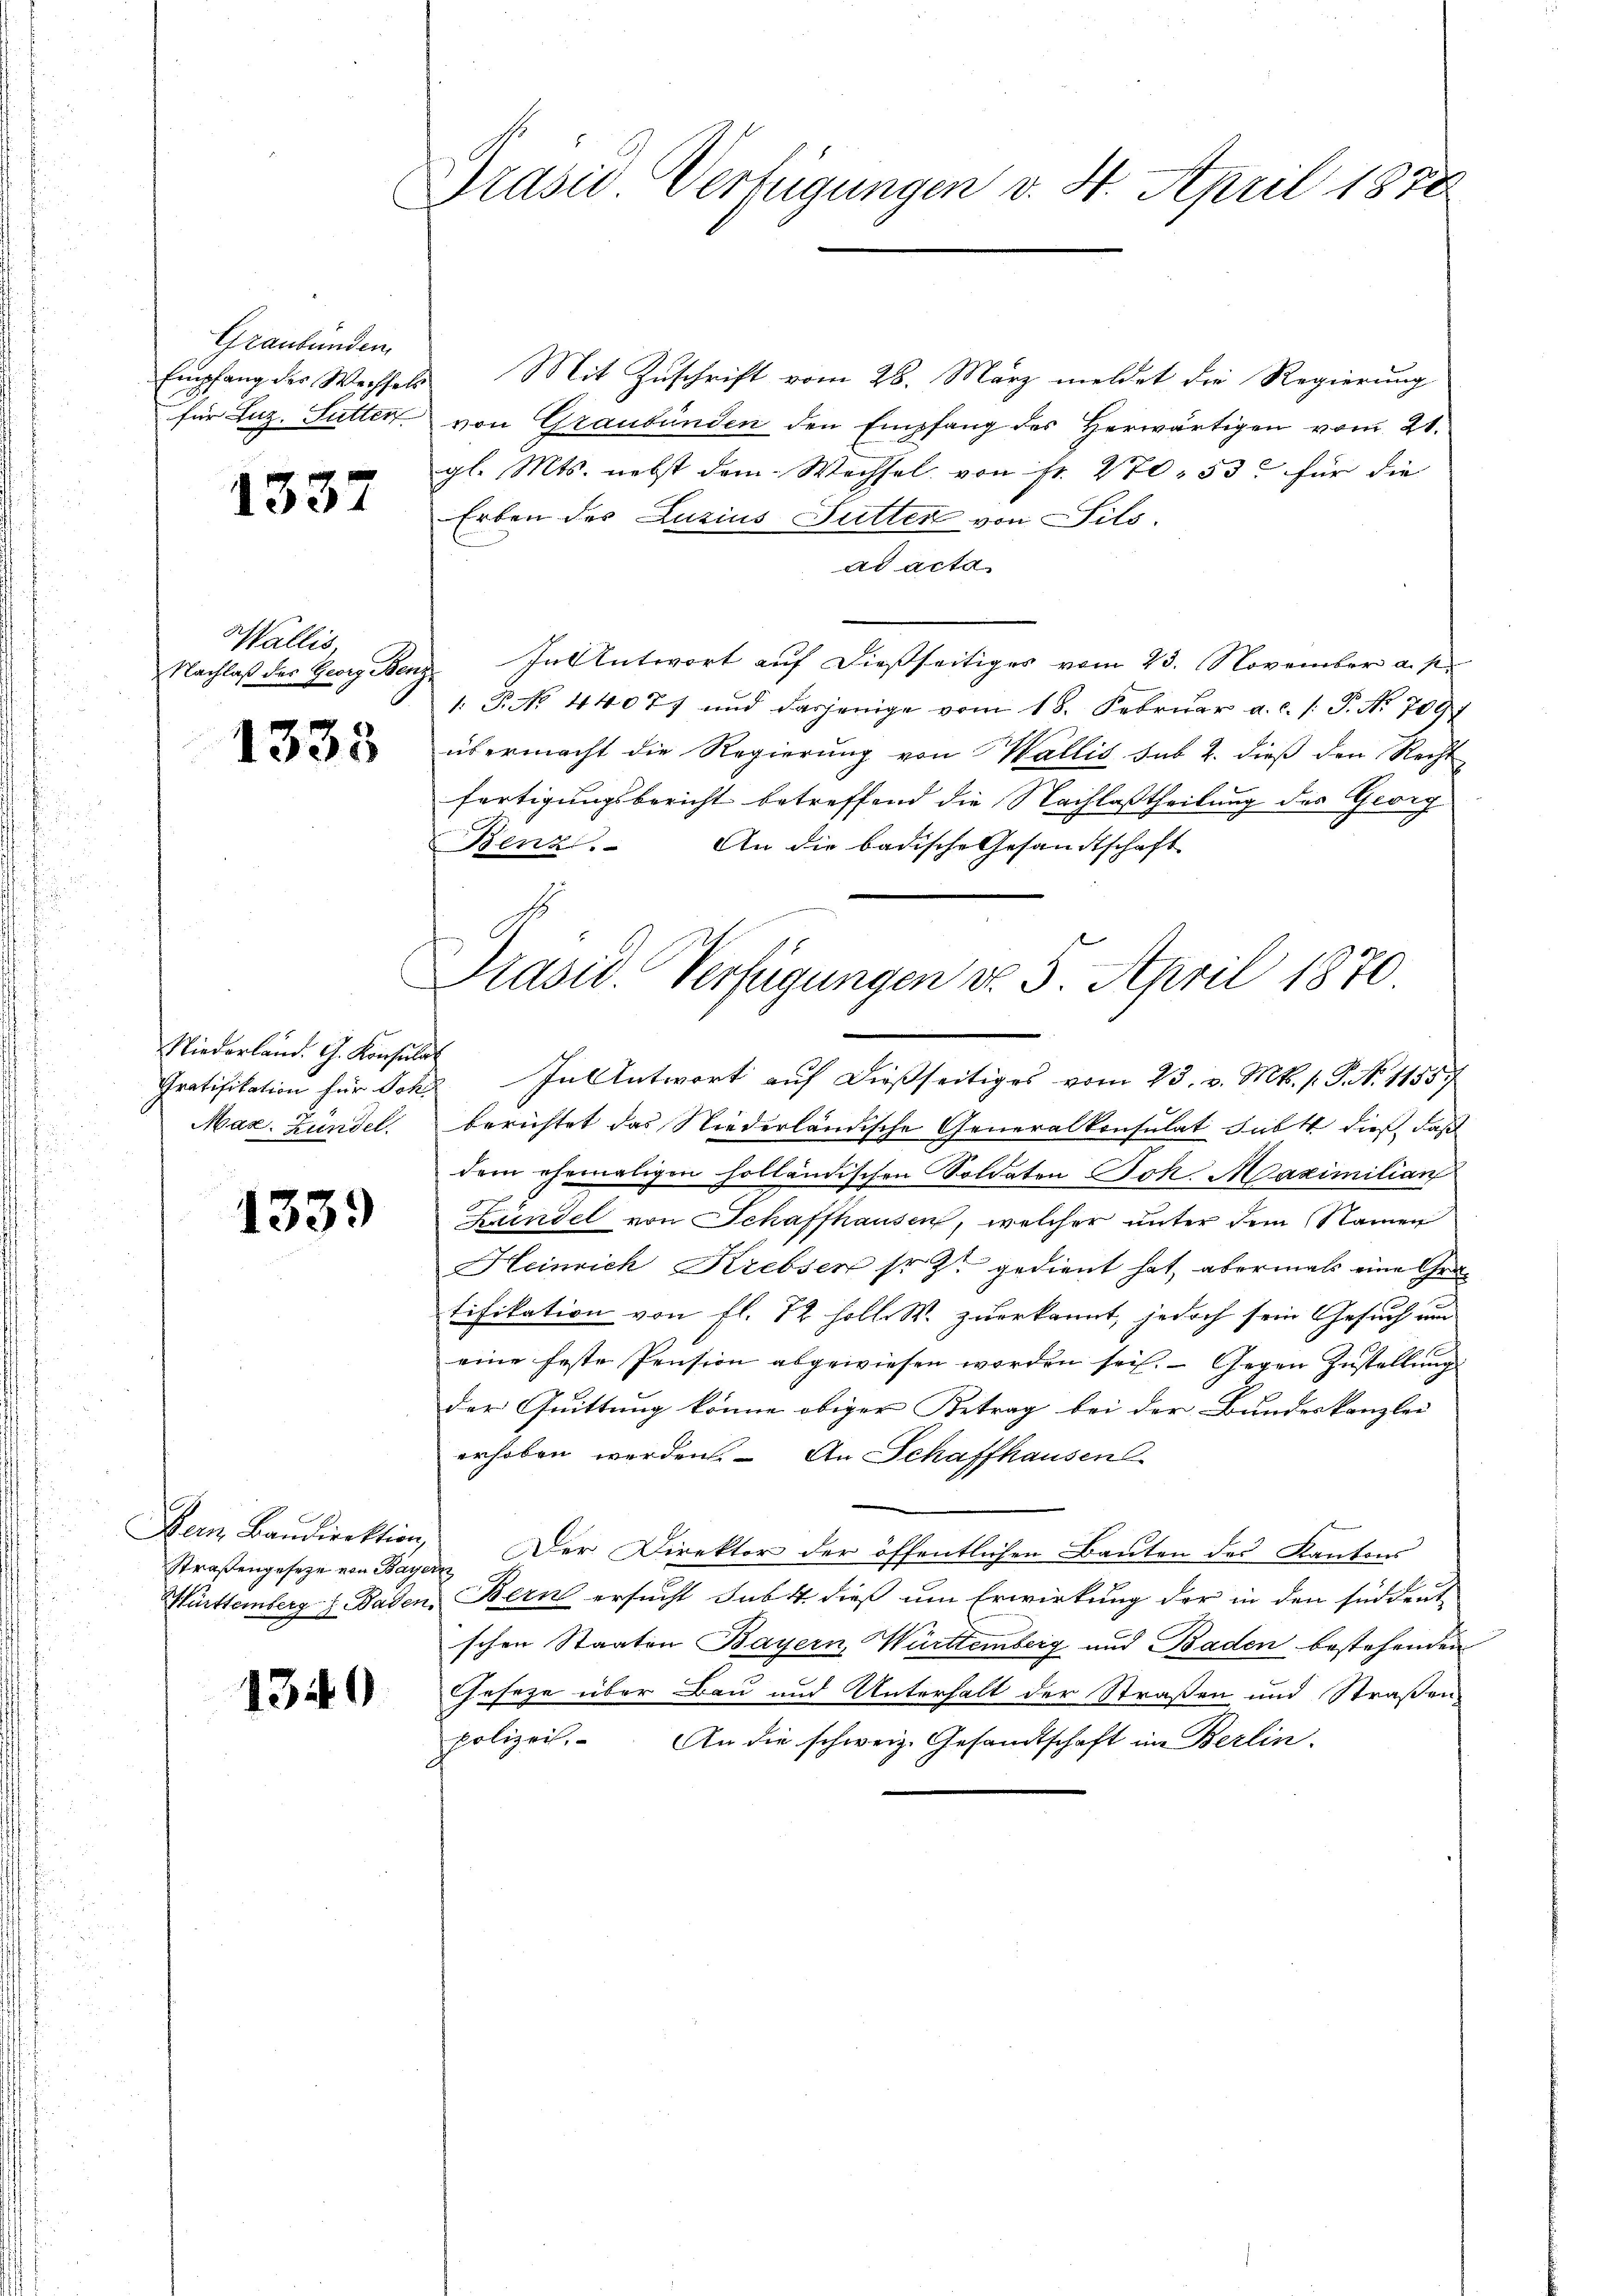
.

Graubünden

1337

Wallis,
Nachlaß des Georg Benz,
1333

Niederland. G. Konsulat
Maz. Zündel.

1339

Straßengesetze von Bayern
1349

Prasio Verfügungen v. 4. April 1878

Empfang der Wechsels Mit Zuschrift vom 28. März meldet die Regierung
für Luz. Sutter von Graubünden den Empfang des Herwärtigen vom 21.
gl. Mts. nebst dem Wechsel von Fr. 270. 53 für die
Erben des Luzius Sutter von Sils.
ad acta
In Antwort auf dießseitiges vom 23. November a. p
1. P. No 44077 und dasjenige vom 18. Februar a.c. P. No 7097
übermacht die Regierung von Wallis sub 2. dieß den Rechtfertigungsbericht betreffend die Nachlaßtheilung des Georg
Benz. An die badische Gesandtschaft
berichtet das Niederländische Generalkonsulat Subst dieß, daß
dem ehemaligen holländischen Soldaten Joh. Maximilian
Bündel von Schaffhausen, welcher unter dem Namen
Heinrich Krebsen sr. Zt. gedient hat, abermals eine Gra
tifikation von fl. 12 holl. W. zuerkannt, jedoch sein Gesuch um
eine feste Pension abgewiesen worden sei. Gegen Zustellung
der Quittung könne obiger Betrag bei der Bundeskanzlei
erhoben werden. An Schaffhausen
Bern Baudirektion, Der Direktor der öffentlichen Bauten des Kantons
Württemberg z. Baden, Bern ersucht sub 4 dieß um Erwirkung der in den süddeut
schen Staaten Bayern, Württemberg und Baden bestehenden
Geseze über Bau und Unterhalt der Straßen und Straßen
polizei.. An die schweiz. Gesandtschaft im Berlin.

Präsid. Verfügungen do 5. April 1870.
Gratifikation für Sch. In Antwort auf dießseitiges vom 23. v. M. P.P. N. 1155